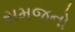
સમજનો